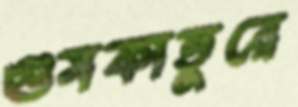
গুমকাতুরে